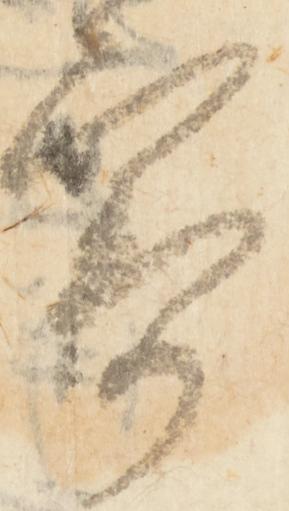
寄